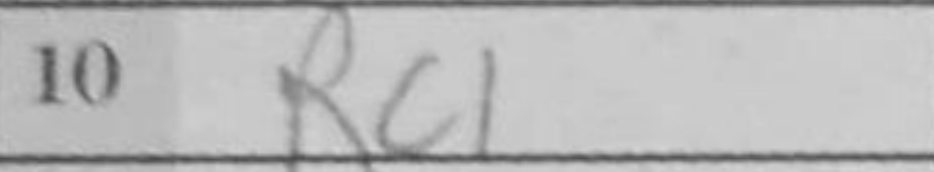
Transcription: Rc1